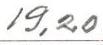
19,20